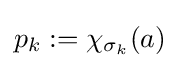
p_{k}:=\chi _{\sigma _{k}}(a)